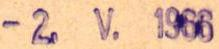
- 2. V. 1966